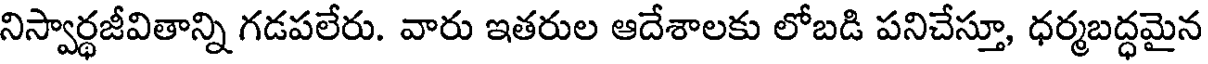
నిస్వార్థజీవితాన్ని గడపలేరు. వారు ఇతరుల ఆదేశాలకు లోబడి పనిచేస్తూ, ధర్మబద్ధమైన